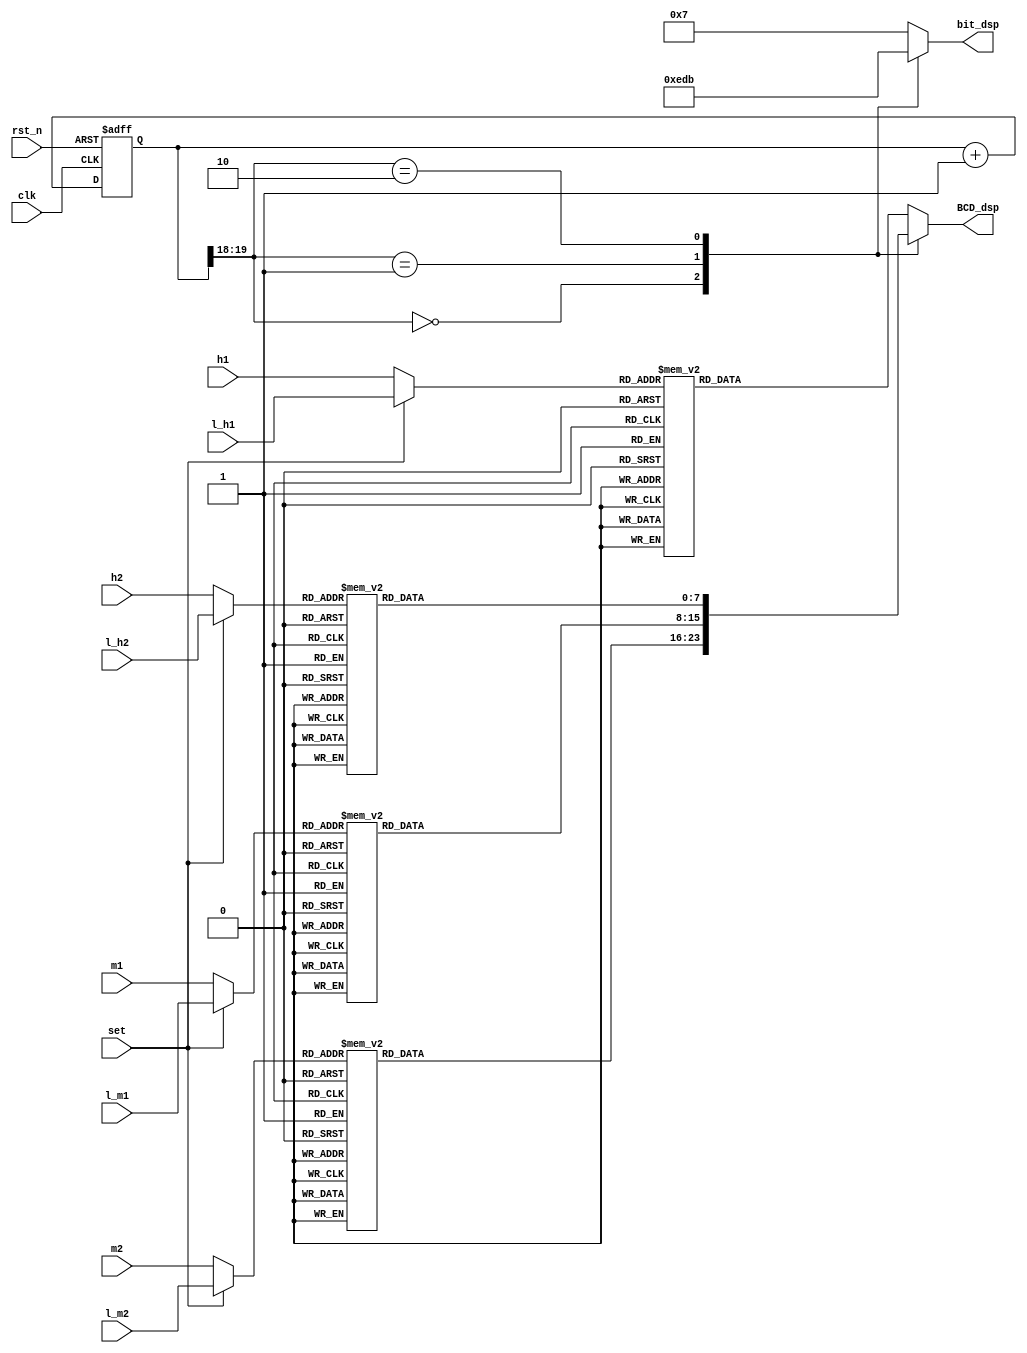

`define SS_0 8'b00000011
`define SS_1 8'b10011111
`define SS_2 8'b00100101
`define SS_3 8'b00001101
`define SS_4 8'b10011001
`define SS_5 8'b01001001
`define SS_6 8'b01000001
`define SS_7 8'b00011111
`define SS_8 8'b00000001
`define SS_9 8'b00001001
`define SS_F 8'b01110001

module lab7_2_SSD(
clk,
rst_n,
set,
l_h1,
l_h2,
l_m1,
l_m2,
h1,
h2,
m1,
m2,
BCD_dsp,
bit_dsp
);
input clk; 
input rst_n; 
input set;
input [3:0] h1, h2, m1, m2;
input [3:0] l_h1, l_h2, l_m1, l_m2;
output reg [7:0] BCD_dsp;
output reg [3:0] bit_dsp;
reg c_tmp;
reg [19:0] cnt,cnt_tmp;
wire [1:0] cl;
reg [7:0]A,B,C,D;
reg [3:0] a, b, c, d;

always@*
if(set == 1) begin
a = l_h1;
b = l_h2;
c = l_m1;
d = l_m2;
end
else begin
a = h1;
b = h2;
c = m1;
d = m2;
end


always @*
case (a)
4'd0: A = `SS_0;
4'd1: A = `SS_1;
4'd2: A = `SS_2;
4'd3: A = `SS_3;
4'd4: A = `SS_4;
4'd5: A = `SS_5;
4'd6: A = `SS_6;
4'd7: A = `SS_7;
4'd8: A = `SS_8;
4'd9: A = `SS_9;
default: A = `SS_F;
endcase

always @*
case (b)
4'd0: B = `SS_0;
4'd1: B = `SS_1;
4'd2: B = `SS_2;
4'd3: B = `SS_3;
4'd4: B = `SS_4;
4'd5: B = `SS_5;
4'd6: B = `SS_6;
4'd7: B = `SS_7;
4'd8: B = `SS_8;
4'd9: B = `SS_9;
default: B = `SS_F;
endcase

always @*
case (c)
4'd0: C = `SS_0;
4'd1: C = `SS_1;
4'd2: C = `SS_2;
4'd3: C = `SS_3;
4'd4: C = `SS_4;
4'd5: C = `SS_5;
4'd6: C = `SS_6;
4'd7: C = `SS_7;
4'd8: C = `SS_8;
4'd9: C = `SS_9;
default: C = `SS_F;
endcase

always @*
case (d)
4'd0: D = `SS_0;
4'd1: D = `SS_1;
4'd2: D = `SS_2;
4'd3: D = `SS_3;
4'd4: D = `SS_4;
4'd5: D = `SS_5;
4'd6: D = `SS_6;
4'd7: D = `SS_7;
4'd8: D = `SS_8;
4'd9: D = `SS_9;
default: D = `SS_F;
endcase




always @*
cnt_tmp = cnt+1;

always @(posedge clk or negedge rst_n)
if (~rst_n) cnt <= 20'b0;
else cnt <= cnt_tmp;

assign cl= cnt[19:18];

always @*
case(cl)
2'd0: BCD_dsp = D;
2'd1: BCD_dsp = C;
2'd2: BCD_dsp = B;
default: BCD_dsp = A;
endcase

always @*
case(cl)
2'd0: bit_dsp = 4'b1110;
2'd1: bit_dsp = 4'b1101;
2'd2: bit_dsp = 4'b1011;
default: bit_dsp = 4'b0111;
endcase


endmodule